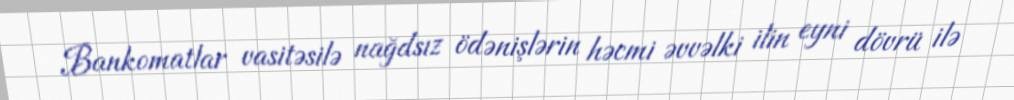
Bankomatlar vasitəsilə nağdsız ödənişlərin həcmi əvvəlki ilin eyni dövrü ilə